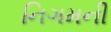
નિગમની